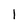
Character: 1